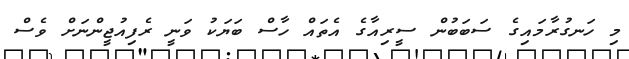
މި ހަނގުރާމައިގެ ސަބަބުން ސީރިއާގެ އެތައް ހާސް ބަޔަކު ވަނީ ރެފިއުޖީންނަށް ވެސް